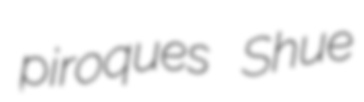
piroques Shue